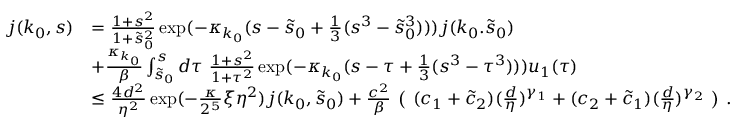
\begin{array} { r l } { j ( k _ { 0 } , s ) } & { = \frac { 1 + s ^ { 2 } } { 1 + \tilde { s } _ { 0 } ^ { 2 } } \exp ( - \kappa _ { k _ { 0 } } ( s - \tilde { s } _ { 0 } + \frac 1 3 ( s ^ { 3 } - \tilde { s } _ { 0 } ^ { 3 } ) ) ) j ( k _ { 0 } . \tilde { s } _ { 0 } ) } \\ & { + \frac { \kappa _ { k _ { 0 } } } \beta \int _ { \tilde { s } _ { 0 } } ^ { s } d \tau \ \frac { 1 + s ^ { 2 } } { 1 + \tau ^ { 2 } } \exp ( - \kappa _ { k _ { 0 } } ( s - \tau + \frac 1 3 ( s ^ { 3 } - \tau ^ { 3 } ) ) ) u _ { 1 } ( \tau ) } \\ & { \le \frac { 4 d ^ { 2 } } { \eta ^ { 2 } } \exp ( - \frac \kappa { 2 ^ { 5 } } \xi \eta ^ { 2 } ) j ( k _ { 0 } , \tilde { s } _ { 0 } ) + \frac { c ^ { 2 } } \beta \textbf { ( } ( c _ { 1 } + \tilde { c } _ { 2 } ) ( \frac { d } \eta ) ^ { \gamma _ { 1 } } + ( c _ { 2 } + \tilde { c } _ { 1 } ) ( \frac { d } \eta ) ^ { \gamma _ { 2 } } \textbf { ) } . } \end{array}